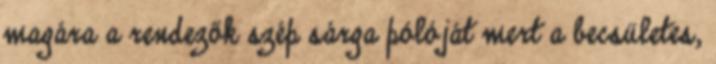
magára a rendezők szép sárga pólóját mert a becsületes,